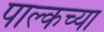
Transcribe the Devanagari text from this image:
पाल्कच्या